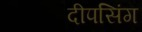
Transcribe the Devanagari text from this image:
दीपसिंग